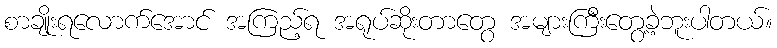
စာချိုးရလောက်အောင် အကြည့်ရ အရုပ်ဆိုးတာတွေ အများကြီးတွေ့ခဲ့ဘူးပါတယ်။